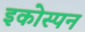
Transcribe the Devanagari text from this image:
इकोस्पन